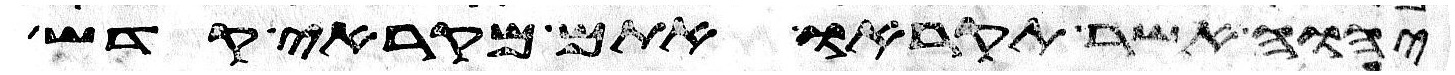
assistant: יהוה אשר תקראו אתם מקראי קדש